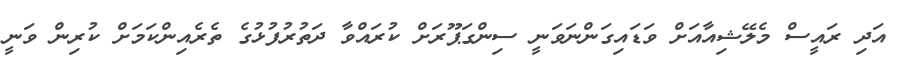
އަދި ރައީސް މެލޭޝިއާއަށް ވަޑައިގަންނަވަނީ ސިންގަޕޫރަށް ކުރައްވާ ދަތުރުފުޅުގެ ތެރެއިންކަމަށް ކުރިން ވަނީ